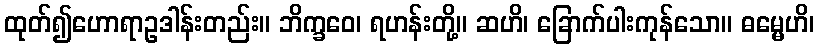
ထုတ်၍ဟောရာဥဒါန်းတည်း။ ဘိက္ခဝေ၊ ရဟန်းတို့။ ဆဟိ၊ ခြောက်ပါးကုန်သော။ ဓမ္မေဟိ၊